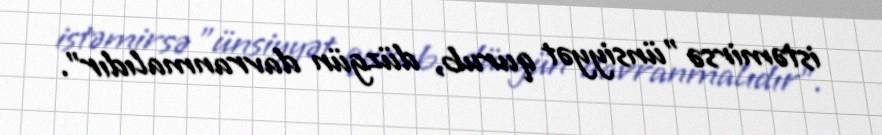
istəmirsə "ünsiyyət qurub, düzgün davranmalıdır".